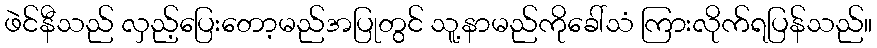
ဖဲင်နီသည် လှည့်ပြေးတော့မည်အပြုတွင် သူ့နာမည်ကိုခေါ်သံ ကြားလိုက်ရပြန်သည်။